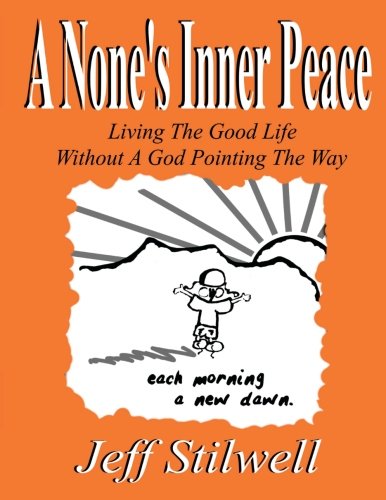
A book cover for A None's Inner Peace: Living the Good Life Without A God Pointing the Way; Jeff Stilwell; Humor & Entertainment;